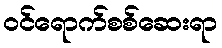
ဝင်ရောက်စစ်ဆေးရာ